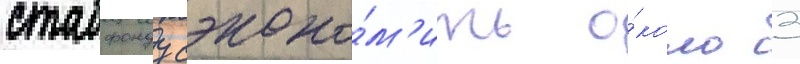
стабфонду сэконо́м'ить о́коло 3